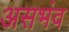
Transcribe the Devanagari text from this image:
असभंव